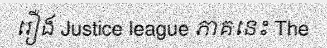
រឿង Justice league ភាគនេះ The